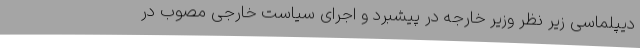
دیپلماسی زیر نظر وزیر خارجه در پیشبرد و اجرای سیاست خارجی مصوب در